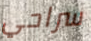
سراحي